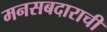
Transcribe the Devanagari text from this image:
मनसबदाराची